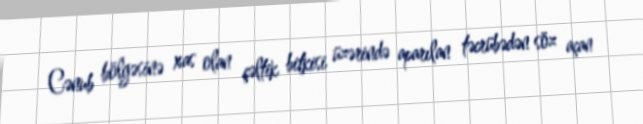
Cənub bölgəsinə xas olan çəltik bitkisi üzərində aparılan təcrübədən söz açan